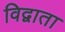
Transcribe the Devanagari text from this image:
विद्वाता